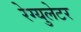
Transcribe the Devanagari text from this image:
रेग्युलेटर